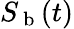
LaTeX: S_{\mathrm{~b~}}(t)